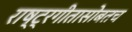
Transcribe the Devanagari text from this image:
राष्ट्रगीतासोबतच